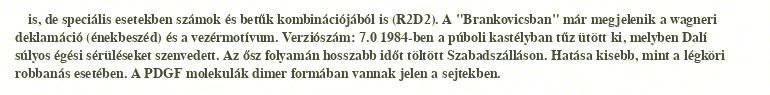
is, de speciális esetekben számok és betűk kombinációjából is (R2D2). A "Brankovicsban" már megjelenik a wagneri deklamáció (énekbeszéd) és a vezérmotívum. Verziószám: 7.0 1984-ben a púboli kastélyban tűz ütött ki, melyben Dalí súlyos égési sérüléseket szenvedett. Az ősz folyamán hosszabb időt töltött Szabadszálláson. Hatása kisebb, mint a légköri robbanás esetében. A PDGF molekulák dimer formában vannak jelen a sejtekben.